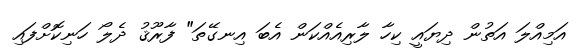
އަމިއްލަ އަތުން ދިޔައީ ކިހާ ލާރިއެއްކަން އެބަ އިނގޭތަ" ފާރޫޤު ދެލޯ ހަނިކޮށްފައި